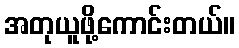
အတုယူဖို့ကောင်းတယ်။